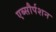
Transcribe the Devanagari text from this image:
एब्सौर्पशन